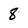
Character: 8